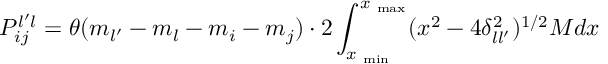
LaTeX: P _ { i j } ^ { l ^ { \prime } l } = \theta ( m _ { l ^ { \prime } } - m _ { l } - m _ { i } - m _ { j } ) \cdot 2 \int _ { x _ { \mathrm { \scriptsize ~ m i n } } } ^ { x _ { \mathrm { \scriptsize ~ m a x } } } ( x ^ { 2 } - 4 \delta _ { l l ^ { \prime } } ^ { 2 } ) ^ { 1 / 2 } { \cal M } d x